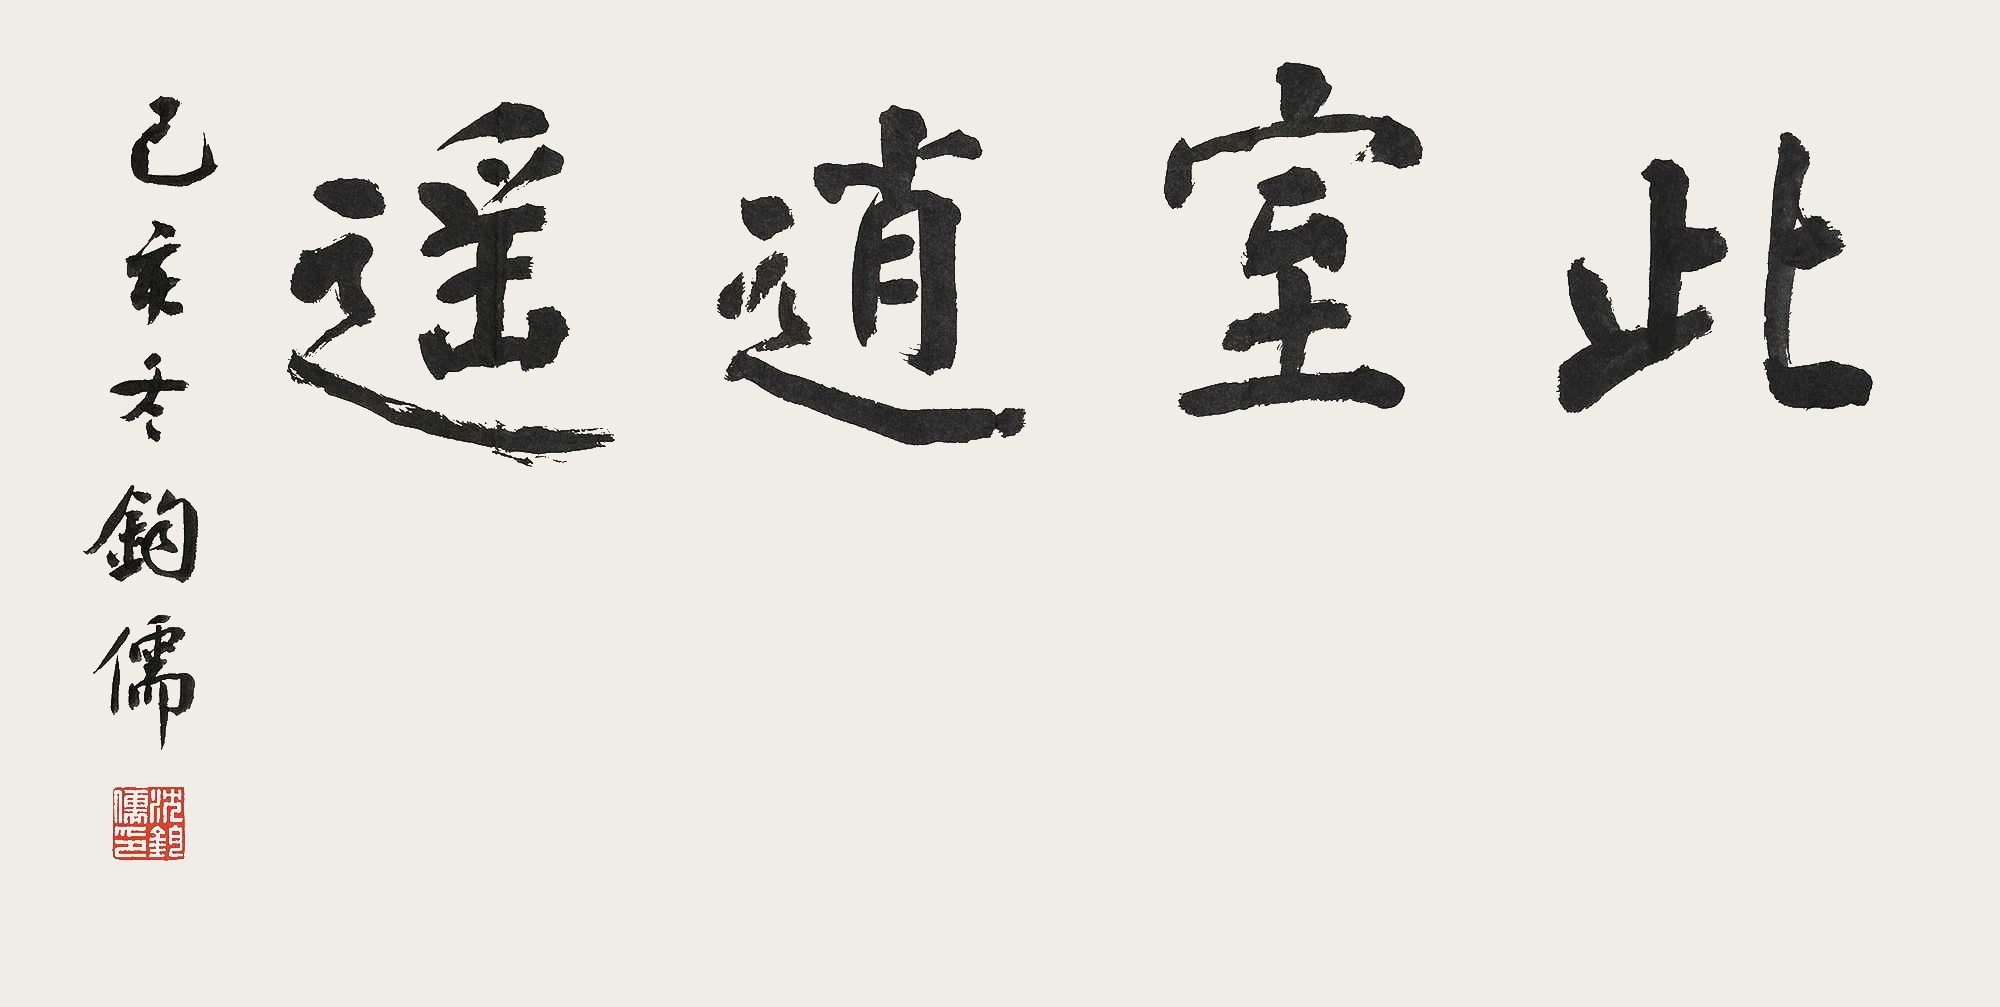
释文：此室逍遥。己亥冬，钧儒。